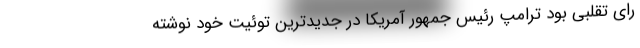
رای تقلبی بود ترامپ رئیس جمهور آمریکا در جدیدترین توئیت خود نوشته